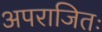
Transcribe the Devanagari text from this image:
अपराजितः